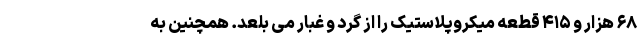
۶۸ هزار و ۴۱۵ قطعه میکروپلاستیک را از گرد و غبار می بلعد. همچنین به